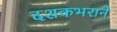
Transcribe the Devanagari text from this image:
दशकभराने